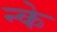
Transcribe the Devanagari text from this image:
न्के